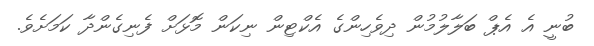
ބުނީ އެ އެޕް ބަލާލުމުން ދިވެހިންގެ އެކްޓިން ނިކަން މޮޅަށް ފެނިގެންދާ ކަމަށެވެ.